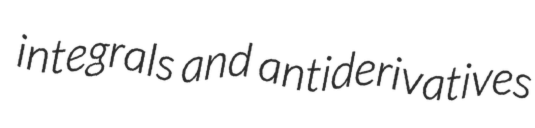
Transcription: integrals and antiderivatives